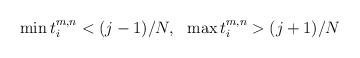
LaTeX: \begin{align*}\begin{aligned}\min t_i^{m,n} &< (j-1)/N, & \max t_i^{m,n} > (j+1)/N\end{aligned}\end{align*}